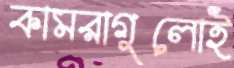
কামরাগুলোই